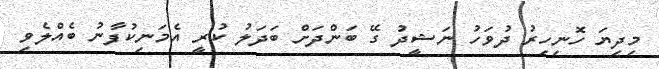
މިދިޔަ ހޮނިހިރު ދުވަހު ނަޝީދު ގޭ ބަންދަށް ބަދަލު ކުރީ އެމަނިކުފާނު ބެއްލެވި